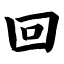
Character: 回